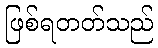
ဖြစ်ရတတ်သည်